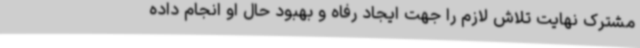
مشترک نهایت تلاش لازم را جهت ایجاد رفاه و بهبود حال او انجام داده